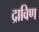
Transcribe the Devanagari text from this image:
द्राविण